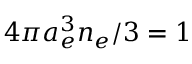
4 \pi a _ { e } ^ { 3 } n _ { e } / 3 = 1